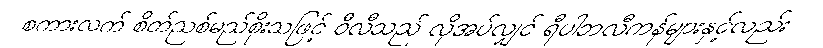
စကားလက် စိတ်ညစ်မည်စိုးသဖြင့် ဝီလီသည် လိုအပ်လျှင် ရီပါဘလီကန်များနှင့်လည်း